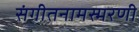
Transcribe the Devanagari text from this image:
संगीतनामस्मरणी